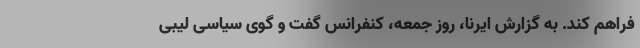
فراهم کند. به گزارش ایرنا، روز جمعه، کنفرانس گفت و گوی سیاسی لیبی